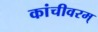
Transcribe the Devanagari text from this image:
कांचीवरम्